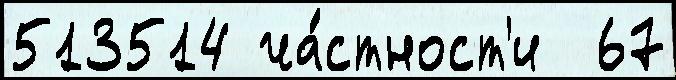
513514 ча́стност'и  67